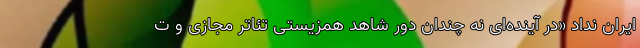
ایران نداد «در آینده‌ای نه چندان دور شاهد همزیستی تئاتر مجازی و ت